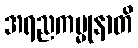
အရညကမ္မုနာတိ